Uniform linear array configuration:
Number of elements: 8
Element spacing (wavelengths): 0.75
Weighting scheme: hann
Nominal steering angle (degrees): -60
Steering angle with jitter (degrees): -61.58
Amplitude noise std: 0.05
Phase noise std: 0.05

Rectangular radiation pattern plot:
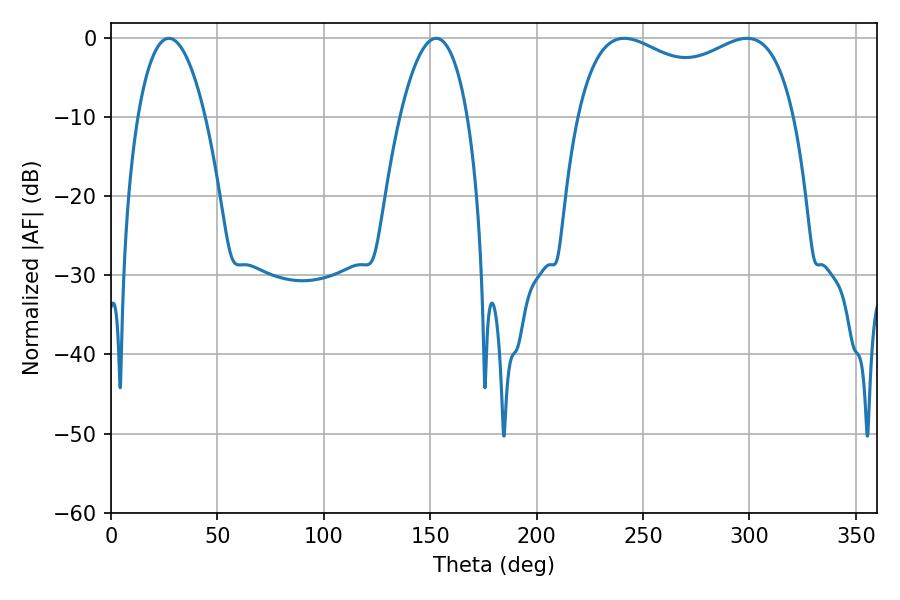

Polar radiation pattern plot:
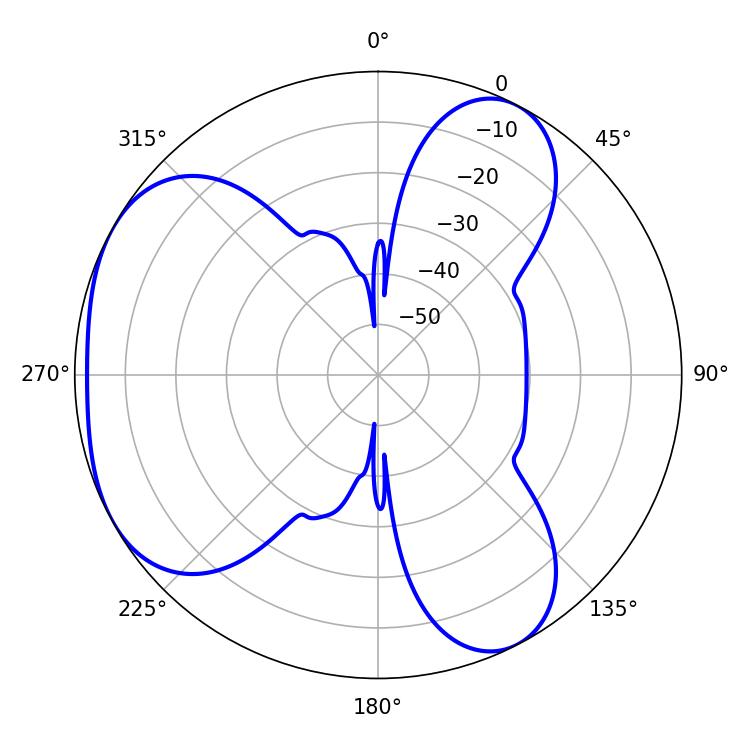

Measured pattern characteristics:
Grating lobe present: TRUE
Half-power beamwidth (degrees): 84.6
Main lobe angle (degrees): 241.2